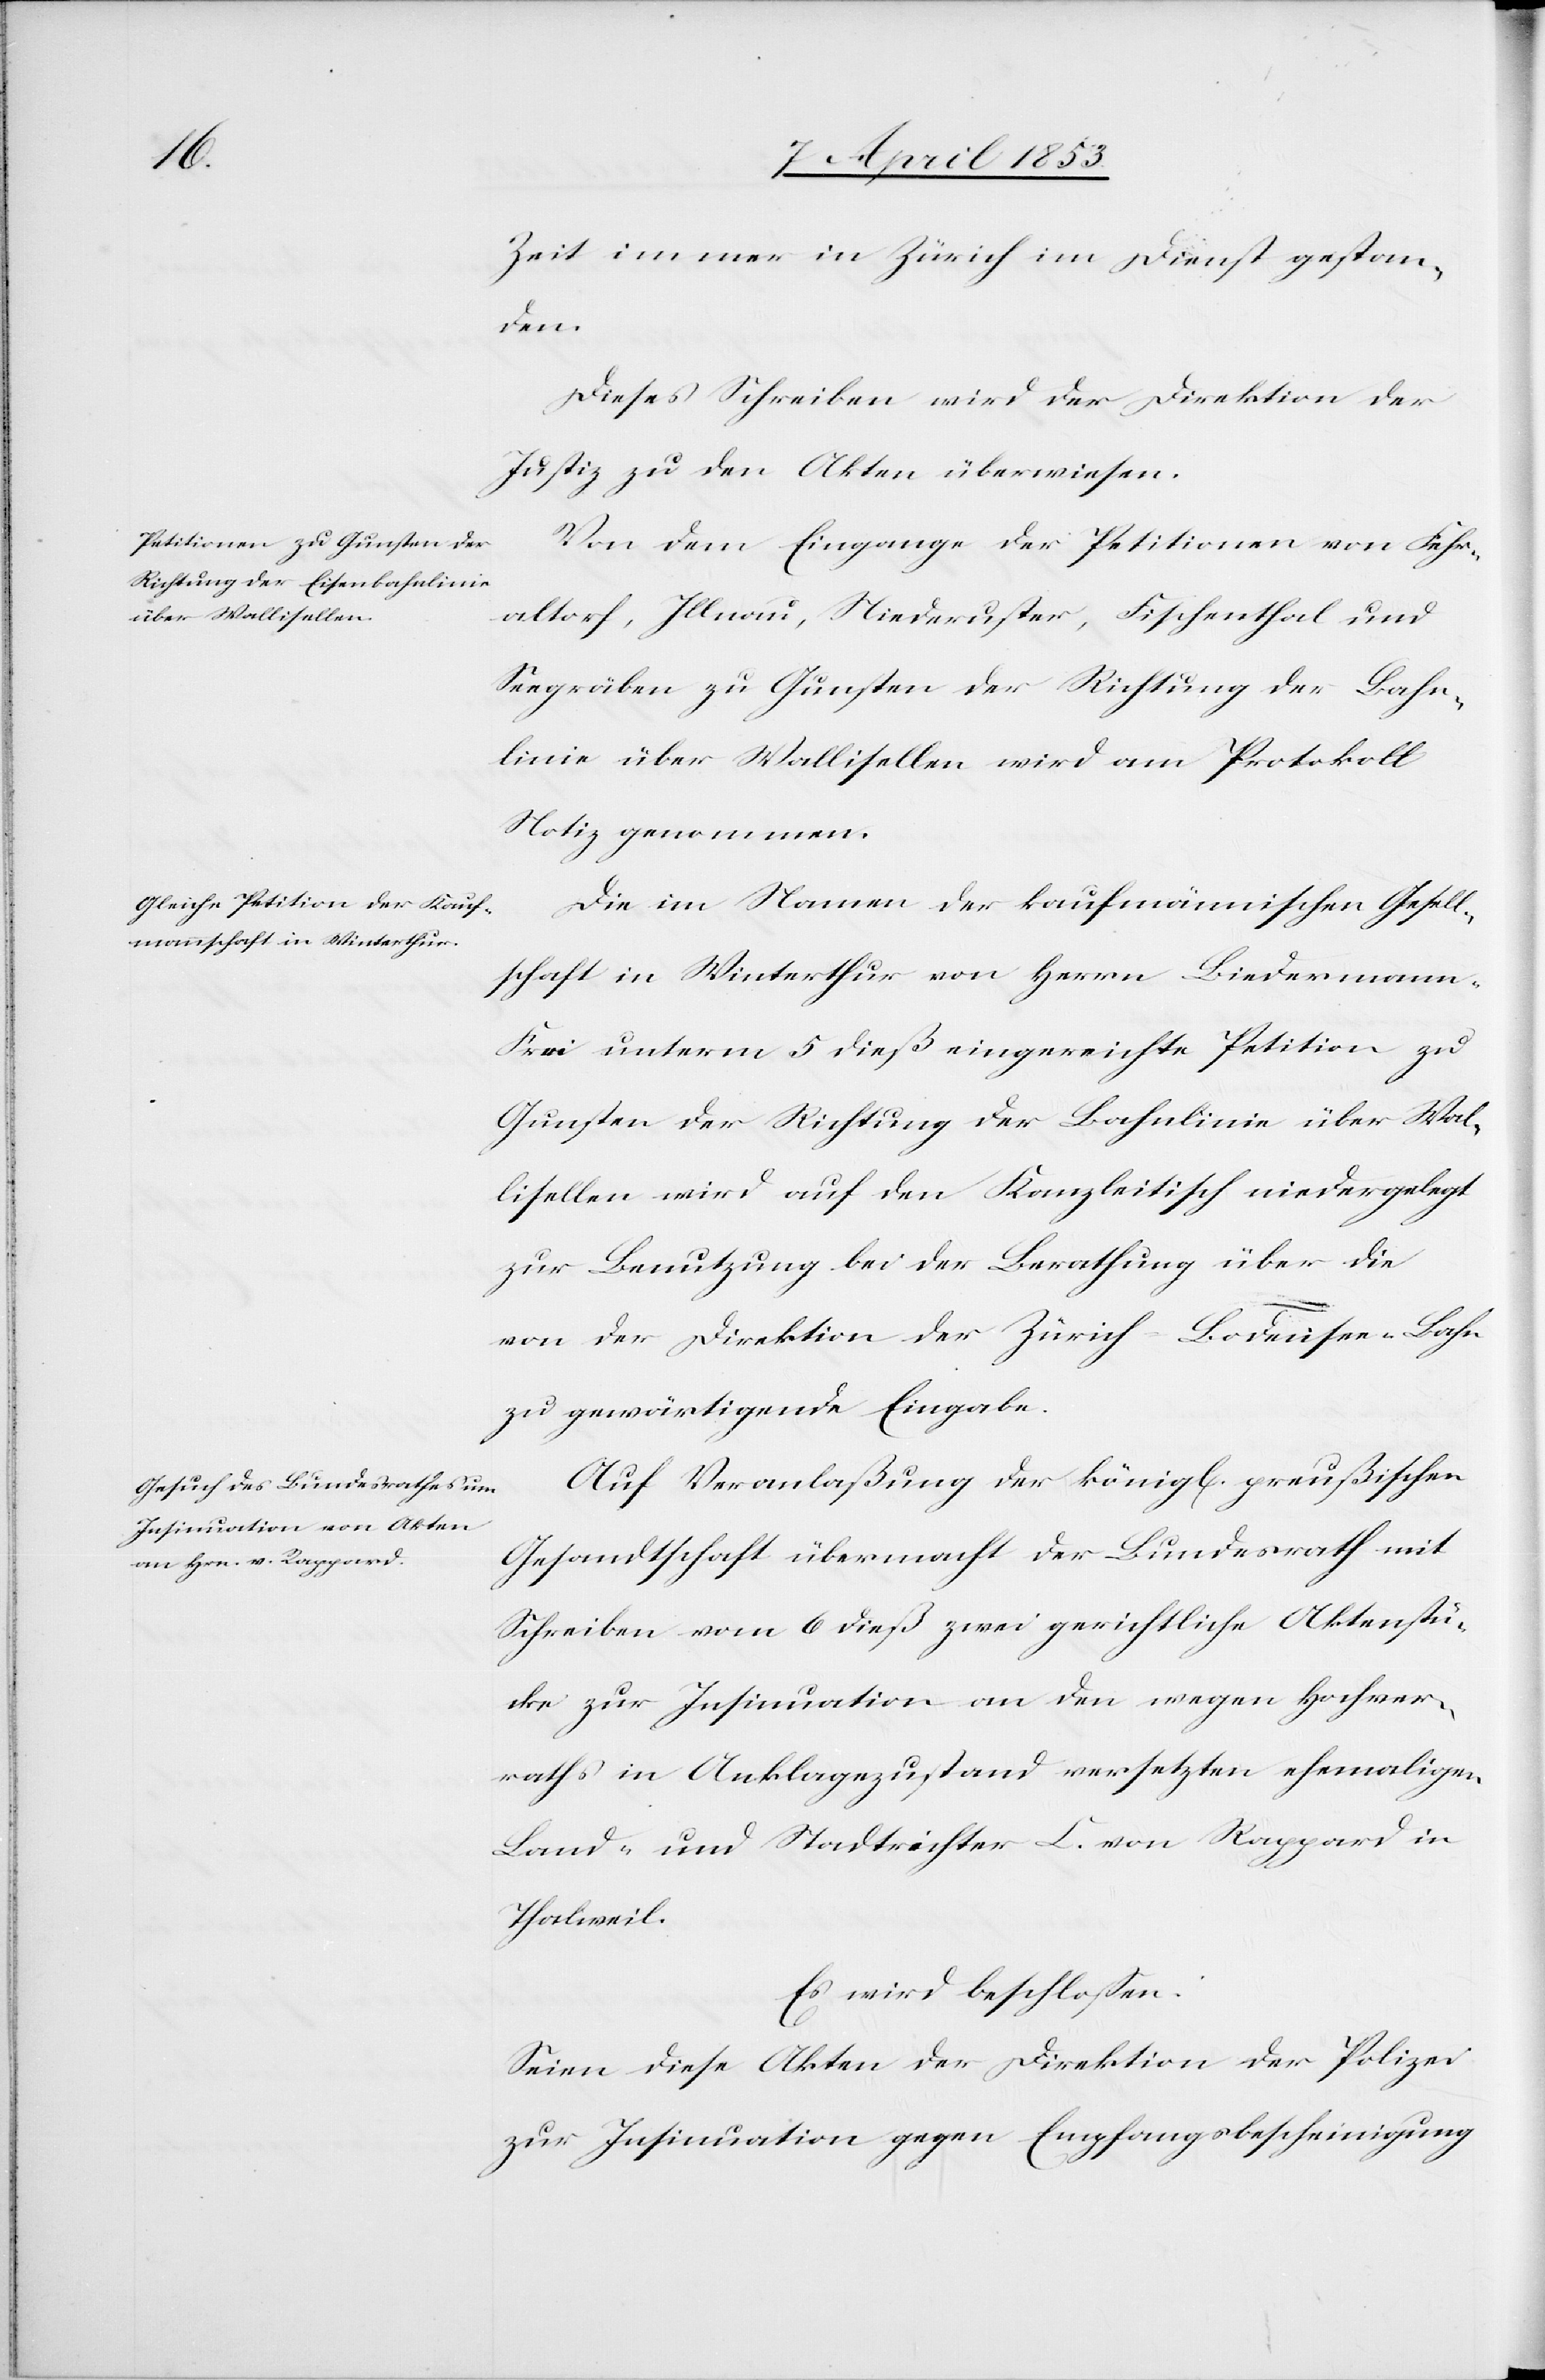
Zeit immer in Zürich im Dienst gestan¬
den.
Dieses Schreiben wird der Direktion der
Justiz zu den Akten überwiesen.
Von dem Eingange der Petitionen von Fehr¬
altorf, Illnau, Niederuster, Fischenthal und
Seegräben zu Gunsten der Richtung der Bahn¬
linie über Wallisellen wird am Protokoll
Notiz genommen.
Die im Namen der kaufmännischen Gesell¬
schaft in Winterthur von Herrn Liedermann-F¬
rei unterm 5 dieß eingereichte Petition zu
Gunsten der Richtung der Bahnlinie über Wal¬
lisellen wird auf den Kanzleitisch niedergelegt
zur Benutzung bei der Berathung über die
von der Direktion der Zürich-Bodensee-Bahn
zu gewärtigende Eingabe.
Auf Veranlaßung der königl. preußischen
Gesandtschaft übermacht der Bundesrath mit
Schreiben vom 6 dieß zwei gerichtliche Aktenstü¬
cke zur Insinuation an den wegen Hochver¬
raths in Anklagezustand versetzten ehemaligen
Land- und Nachtrichter C. von Rappard in
Thalweil.
Es wird beschlossen:
Seien diese Akten der Direktion der Polizei
zur Insinuation gegen Empfangsbescheinigung